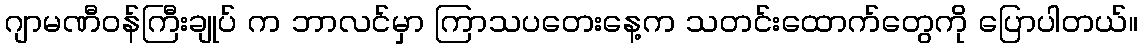
ဂျာမဏီဝန်ကြီးချုပ် က ဘာလင်မှာ ကြာသပတေးနေ့က သတင်းထောက်တွေကို ပြောပါတယ်။